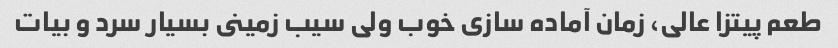
طعم پیتزا عالى، زمان آماده سازى خوب ولى سیب زمینى بسیار سرد و بیات